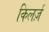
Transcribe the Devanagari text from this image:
किलर्ज़